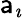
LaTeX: \mathsf{a}_{\imath}